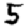
Digit: 5